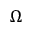
\Omega